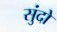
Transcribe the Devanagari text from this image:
सुंदो